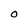
Character: O